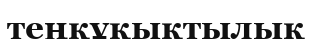
теңқұқықтылық